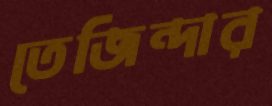
তেজিন্দার